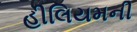
હીલિયમની